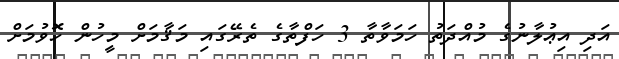
އަދި އިޢުލާނުގެ މުއްދަތު ހަމަވާތާ 3 ހަފްތާގެ ތެރޭގައި މަޤާމަށް މީހުން ހޮވުމަށް